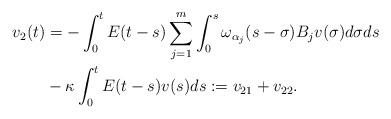
LaTeX: \begin{align*} v_2(t) & = - \int_0^t E(t-s) \sum\limits_{j=1}^{m} \int_0^s \omega_{\alpha_j}(s-\sigma)B_jv(\sigma)d\sigma ds \\ & - \kappa \int_0^t E(t-s)v(s)ds := v_{21} + v_{22}. \end{align*}